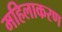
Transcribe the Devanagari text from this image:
महिलाकरण